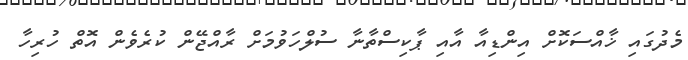
މެދުގައި ޚާއްސަކޮށް އިންޑިއާ އާއި ޕާކިސްތާނާ ސުލްހަވުމަށް ރާއްޖޭން ކުރެވެން އޮތް ހުރިހާ